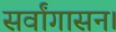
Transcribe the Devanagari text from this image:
सर्वांगासन।